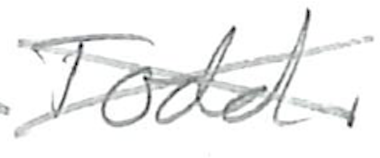
Text: Todd.
Cross-out: cross
Writing tool: pencil